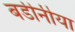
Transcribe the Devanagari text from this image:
बडीनीया